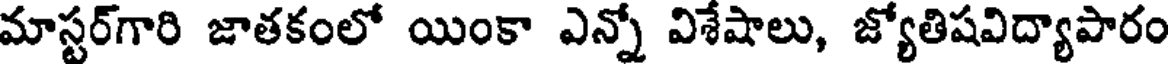
మాస్టర్గారి జాతకంలో యింకా ఎన్నో విశేషాలు, జ్యోతిషవిద్యాపారం